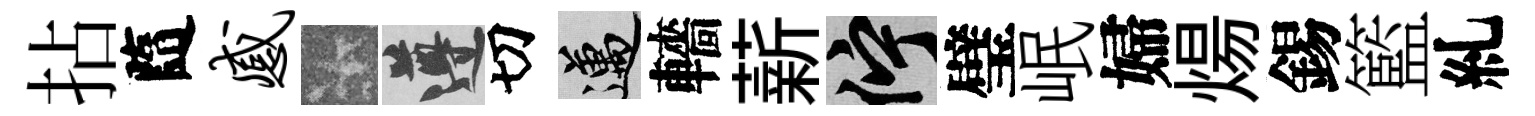
拈隨感卡遵切邁轖薪伫璧岷婦煬錫籃糺